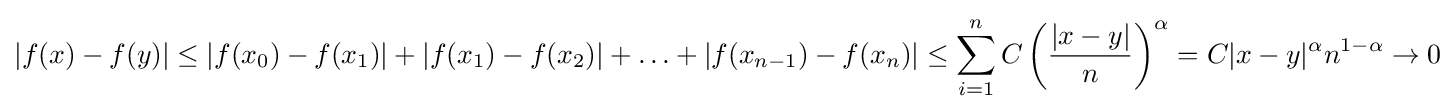
|f(x)-f(y)|\leq |f(x_{0})-f(x_{1})|+|f(x_{1})-f(x_{2})|+\ldots +|f(x_{n-1})-f(x_{n})|\leq \sum _{i=1}^{n}C\left({\frac {|x-y|}{n}}\right)^{\alpha }=C|x-y|^{\alpha }n^{1-\alpha }\to 0